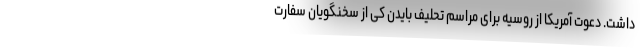
داشت. دعوت آمریکا از روسیه برای مراسم تحلیف بایدن کی از سخنگویان سفارت